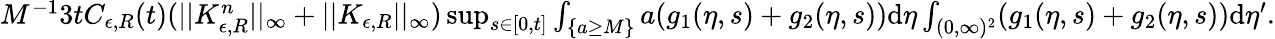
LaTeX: \begin{array}{r}{M^{-1}3tC_{\epsilon,R}(t)(||K_{\epsilon,R}^{n}||_{\infty}+||K_{\epsilon,R}||_{\infty})\operatorname*{sup}_{s\in[0,t]}\int_{\{ a\geq M\} }a(g_{1}(\eta,s)+g_{2}(\eta,s))\textup{d}\eta\int_{(0,\infty)^{2}}(g_{1}(\eta,s)+g_{2}(\eta,s))\textup{d}\eta^{\prime}.}\end{array}